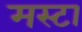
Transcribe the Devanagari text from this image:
मस्टा